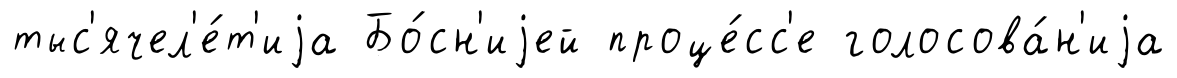
тыс'ячел'е́т'иjа Бо́сн'иjей проце́сс'е голосова́н'иjа